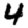
Digit: 4